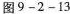
图9-2-13